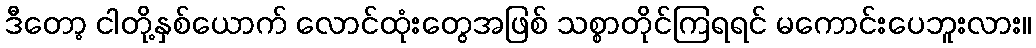
ဒီတော့ ငါတို့နှစ်ယောက် လောင်ထုံးတွေအဖြစ် သစ္စာတိုင်ကြရရင် မကောင်းပေဘူးလား။